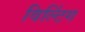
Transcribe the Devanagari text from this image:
विल्टिंग